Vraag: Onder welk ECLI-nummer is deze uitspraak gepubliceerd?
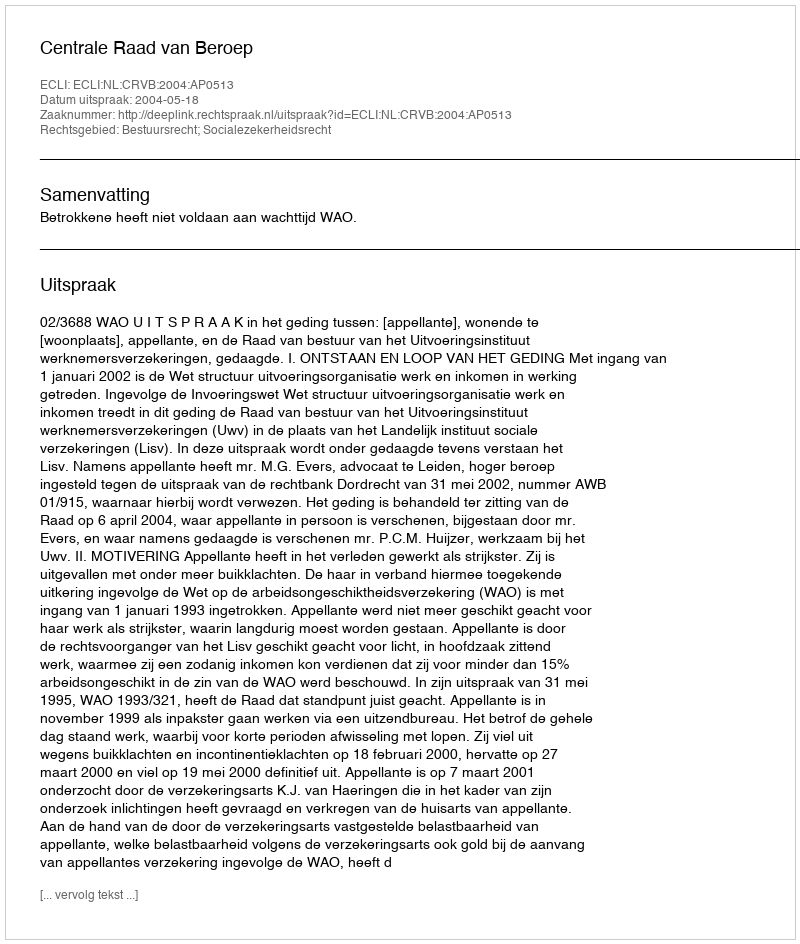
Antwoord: ECLI:NL:CRVB:2004:AP0513